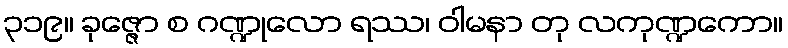
၃၁၉။ ခုဇ္ဇော စ ဂဏ္ဍုလော ရဿ၊ ဝါမနာ တု လကုဏ္ဍကော။